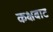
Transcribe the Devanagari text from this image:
कक्षबाट